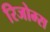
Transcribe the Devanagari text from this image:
रिजोम्‍स